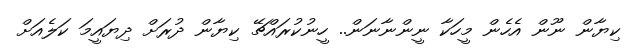
ކިޔާން ނޫން އެހެން މީހަކާ ނީންނާނަން.. ހީނުކުރައްޗޭ ކިޔާން ދުރަށް ދިޔައީމަ ކަލެއަށް